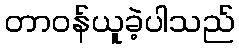
တာဝန်ယူခဲ့ပါသည်